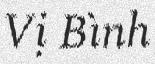
Vị Bình